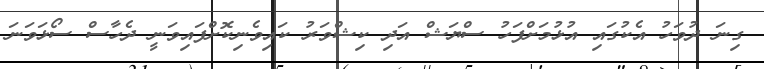
ގިނަ ދުވަހު އެކުގައި އުޅުމަށްފަހު ސްޔަޝް އަދި ކިޝްވަރު ކައިވެނިކޮށްފައިވަނީ ދެހާސް ސޯޅަވަނަ